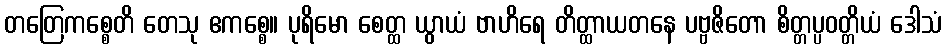
တတြေကစ္စေတိ တေသု ဧကစ္စေ။ ပုရိမော စေတ္ထ ယွာယံ ဗာဟိရေ တိတ္ထာယတနေ ပဗ္ဗဇိတော စိတ္တပ္ပဝတ္တိယံ ဒေါသံ